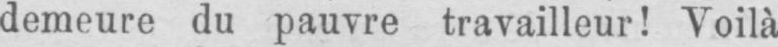
demeure du pauvre travailleur! Voilà